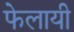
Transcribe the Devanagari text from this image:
फेलायी